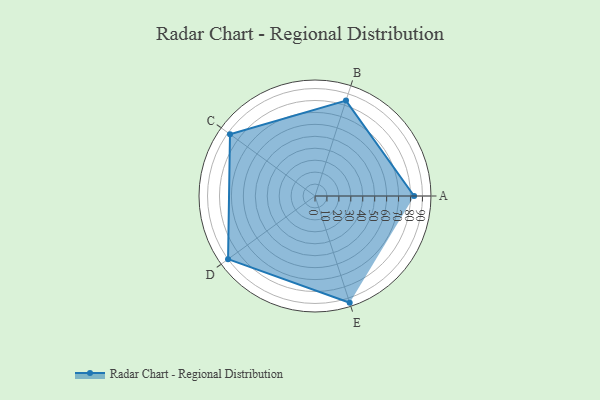
{"axis": {"x": "Skill", "y": "Score"}, "legend": ["Profile"], "data": [{"x": "A", "y": 83.0, "type": "Profile"}, {"x": "B", "y": 84.0, "type": "Profile"}, {"x": "C", "y": 88.0, "type": "Profile"}, {"x": "D", "y": 90.0, "type": "Profile"}, {"x": "E", "y": 94.0, "type": "Profile"}]}